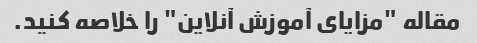
مقاله "مزایای آموزش آنلاین" را خلاصه کنید.